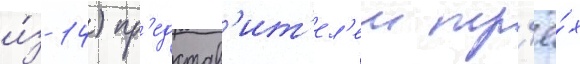
и́з 14) пр'едстав'ит'ел'еи тр'ё́х